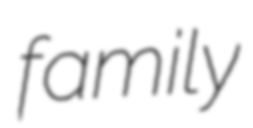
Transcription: family